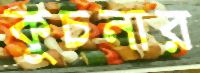
কুচনার